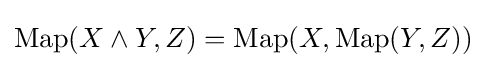
\operatorname {Map} (X\wedge Y,Z)=\operatorname {Map} (X,\operatorname {Map} (Y,Z))